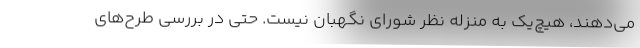
می‌دهند، هیچ‌یک به منزله نظر شورای نگهبان نیست. حتی در بررسی طرح‌های